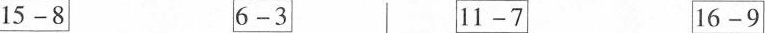
$$15-8$$ $$6-3$$ $$11-7$$ $$16-9$$